King Institute of Preventive Medicine Micro-Biological Section reports 1912-19
Year: 1912
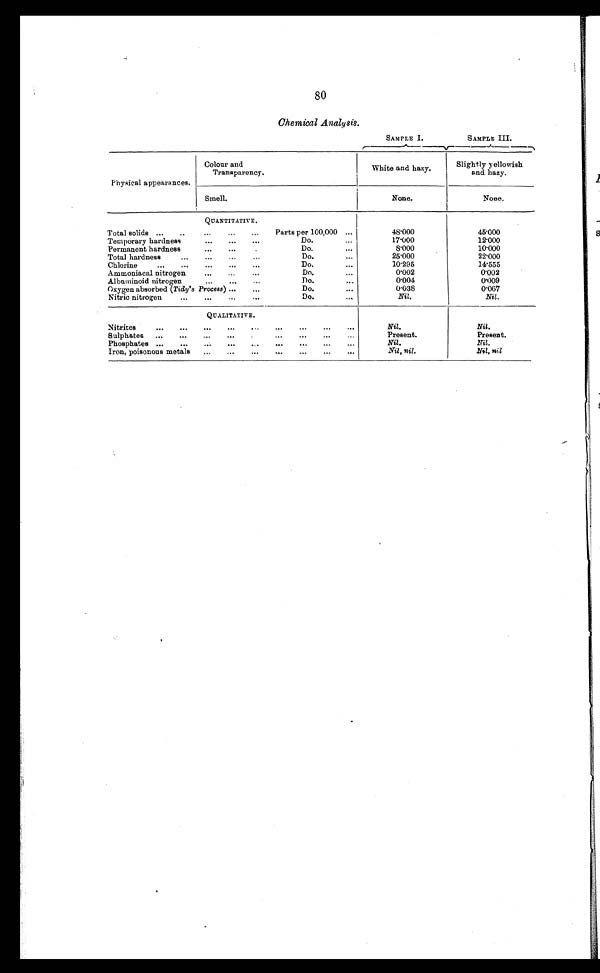
80
Chemical Analysis.
SAMPLE I.
SAMPLE III.
Physical appearances.
Colour
an Transparency.
White and hazy.
Slightly yellowish
and hazy.
Smell.
None.
None.
QUANTITATIVE
.
Total solids ...
..
... ...
Parts per 100,000 ...
48.000
4 5 . 0 0 0
Temporary hardness
...
...
...
Do.
...
17.000
12.000
Permanent hardness
...
...
Do.
...
8.000
10.000
Total hardness
...
...
...
...
Do.
...
25.000
22.000
Chlorine
...
... ... ...
Do.
...
10.295
14.555
Ammoniacal nitrogen ... ...
Do.
...
0.002
0 . 0 0 2
Albuminoid nitrogen
...
...
Do.
...
0 . 0 0 4
0 . 0 0 9
Oxygen absorbed (Tidy's Process) ...
...
Do.
...
0.038
0.067
Nitric nitrogen
...
...
... ...
Do.
...
Nil.
Nil.
QUALITATIVE.
Nitrites
...
...
...
...
...
...
...
...
Nil.
Nil
Sulphates ...
...
...
...
...
...
Present.
Present.
Phosphates ...
...
...
...
...
...
...
Nil.
Nil.
Iron, poisonous metals
...
...
...
... ...
...
Nil, nil .
Nil, n i l